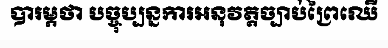
បារម្ភថា បច្ចុប្បន្នការអនុវត្តច្បាប់ព្រៃឈើ